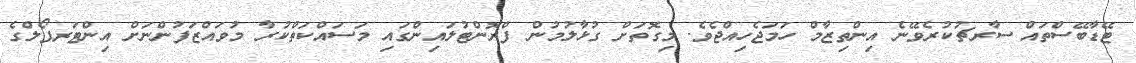
ޓޭޑާބޭސްތައް ސާރޗުކުރެވޭނެ އިންތިޒާމް ހަމަޖެހިއްޖެވެ. މިގޮތަށް ގުޅާލުމުން ފްރޮންޓުލައިންގައި މަސައްކަތްކުރާ މުވައްޒަފުންނަށް އިންޓަރޕޯލްގެ